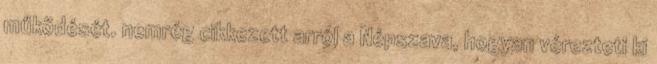
működését. nemrég cikkezett arról a Népszava, hogyan vérezteti ki